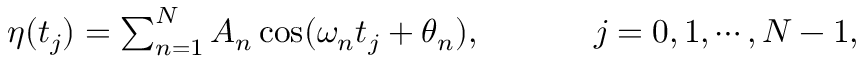
\begin{array} { r } { \eta ( t _ { j } ) = \sum _ { n = 1 } ^ { N } A _ { n } \cos ( \omega _ { n } t _ { j } + \theta _ { n } ) , ~ ~ ~ ~ ~ ~ ~ ~ ~ ~ j = 0 , 1 , \cdots , N - 1 , } \end{array}